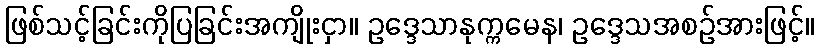
ဖြစ်သင့်ခြင်းကိုပြခြင်းအကျိုးငှာ။ ဥဒ္ဒေသာနုက္ကမေန၊ ဥဒ္ဒေသအစဉ်အားဖြင့်။